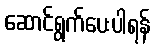
ဆောင်ရွက်ပေးပါရန်